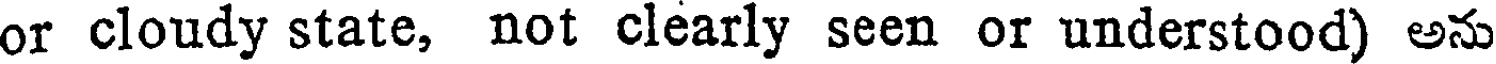
or cloudy state, not clearly seen or understood) అను